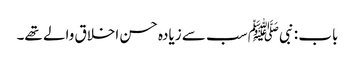
باب : نبیﷺ سب سے زیادہ حسن اخلاق والے تھے۔